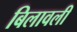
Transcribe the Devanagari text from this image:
बिलावली